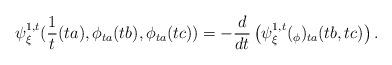
LaTeX: \begin{align*} \psi^{1,t}_\xi(\frac{1}{t}(ta),\phi_{ta}(tb),\phi_{ta}(tc)) = - \frac{d}{d t} \left( \psi^{1,t}_\xi (_\phi)_{ta}(tb,tc) \right). \end{align*}